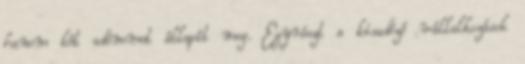
hanem két adónemet állapít meg. Egyrészt a kisadózó vállalkozások